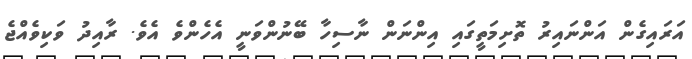
އަރައިގެން އަންނައިރު ތޮށިމަތީގައި އިންނަން ނާސިހާ ބޭނުންވަނީ އެހެންވެ އެވެ. ރާއިދު ވަކިވެއްޖެ